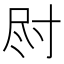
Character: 𫵛